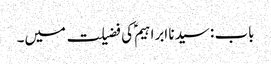
باب : سیدنا ابراہیمؑ کی فضیلت میں۔